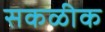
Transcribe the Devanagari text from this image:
सकळीक